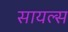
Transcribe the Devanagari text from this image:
सायल्स